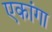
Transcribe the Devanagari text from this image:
एकांगा